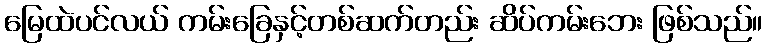
မြေထဲပင်လယ် ကမ်းခြေနှင့်တစ်ဆက်တည်း ဆိပ်ကမ်းဘေး ဖြစ်သည်။